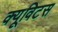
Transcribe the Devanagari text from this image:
क्यूविटस